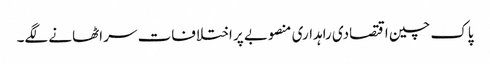
پاک چین اقتصادی راہداری منصوبے پر اختلافات سر اٹھانے لگے۔